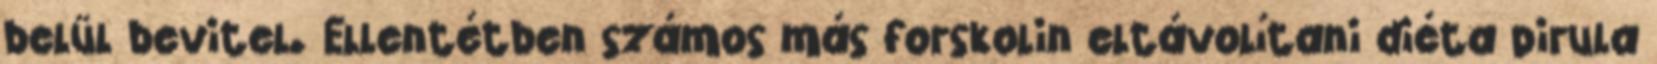
belül bevitel. Ellentétben számos más forskolin eltávolítani diéta pirula